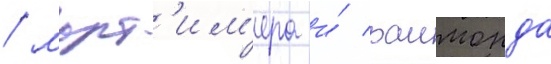
/ морт'им'ера и́ раимонда